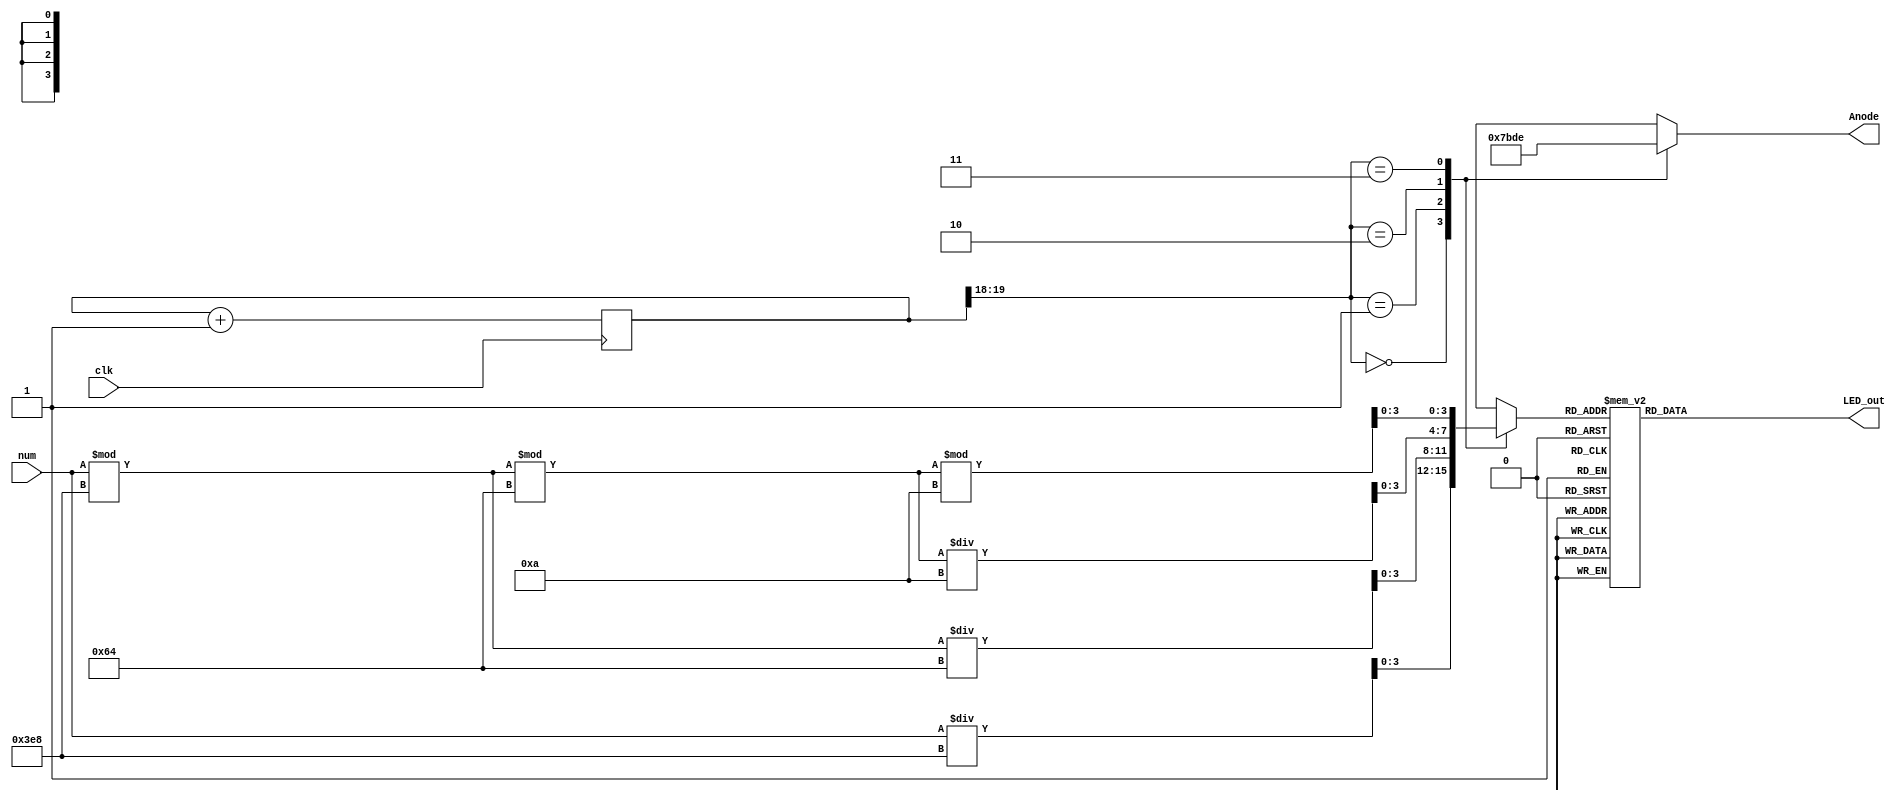
module SSDDriver (
   input clk, 
   input [12:0] num, 
   output reg [3:0] Anode,  
   output reg [6:0] LED_out
);
    
   reg [3:0] LED_BCD;
   reg [19:0] refresh_counter = 0; // 20-bit counter
   wire [1:0] LED_activating_counter; 

   always @(posedge clk)
      begin 
         refresh_counter <= refresh_counter + 1;
      end 
   
   assign LED_activating_counter = refresh_counter[19:18];
   
   always @(*)
      begin
         case(LED_activating_counter)
         2'b00: begin
            Anode = 4'b0111; 
            LED_BCD = num/1000;
              end
         2'b01: begin
            Anode = 4'b1011; 
            LED_BCD = (num % 1000)/100;
              end
         2'b10: begin
            Anode = 4'b1101; 
            LED_BCD = ((num % 1000)%100)/10;
                end
         2'b11: begin
            Anode = 4'b1110; 
            LED_BCD = ((num % 1000)%100)%10;
               end
         endcase
      end

    always @(*)
       begin
          case(LED_BCD)
          4'b0000: LED_out = 7'b0000001; // "0"
          4'b0001: LED_out = 7'b1001111; // "1" 
          4'b0010: LED_out = 7'b0010010; // "2" 
          4'b0011: LED_out = 7'b0000110; // "3" 
          4'b0100: LED_out = 7'b1001100; // "4" 
          4'b0101: LED_out = 7'b0100100; // "5" 
          4'b0110: LED_out = 7'b0100000; // "6" 
          4'b0111: LED_out = 7'b0001111; // "7" 
          4'b1000: LED_out = 7'b0000000; // "8"
          4'b1001: LED_out = 7'b0000100; // "9" 
          default: LED_out = 7'b0000001; // "0"
          endcase
       end
 endmodule